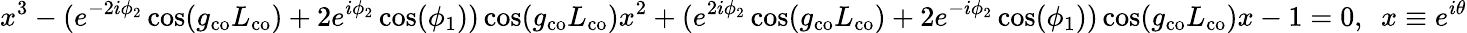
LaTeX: x^{3}-(e^{-2i\phi_{2}}\cos(g_{\mathrm{co}}L_{\mathrm{co}})+2e^{i\phi_{2}}\cos(\phi_{1}))\cos(g_{\mathrm{co}}L_{\mathrm{co}})x^{2}+(e^{2i\phi_{2}}\cos(g_{\mathrm{co}}L_{\mathrm{co}})+2e^{-i\phi_{2}}\cos(\phi_{1}))\cos(g_{\mathrm{co}}L_{\mathrm{co}})x-1=0,\ \ x\equiv e^{i\theta}